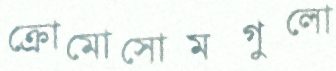
ক্রোমোসোমগুলো